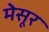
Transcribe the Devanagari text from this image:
मेसूर